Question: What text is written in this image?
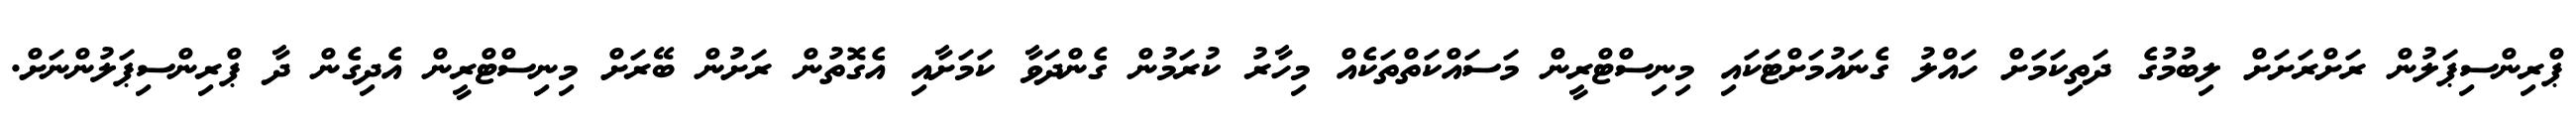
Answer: ޕްރިންސިޕަލުން ރަށްރަށަށް ލިބުމުގެ ދަތިކަމަށް ހައްލު ގެނައުމަށްޓަކައި މިނިސްޓްރީން މަސައްކަތްތަކެއް މިހާރު ކުރަމުން ގެންދަވާ ކަމަށާއި އެގޮތުން ރަށުން ބޭރަށް މިނިސްޓްރީން އެދިގެން ދާ ޕްރިންސިޕަލުންނަށް.